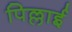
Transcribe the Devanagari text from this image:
पिल्लाई